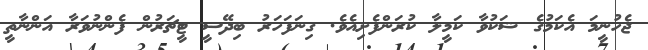
ޖެހުނީމަ އެކަމުގެ ޝަކުވާ ކަމީލާ ކުރަންފެށިއެވެ. ގިނަފަހަރު ބިދޭސީ ޓީޗަރުން ފެންނުވަރާ އަންނާތީ